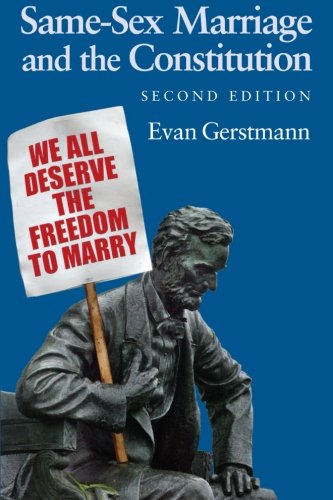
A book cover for Same-Sex Marriage and the Constitution; Evan Gerstmann; Law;